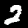
Digit: 2